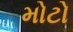
મોટો